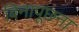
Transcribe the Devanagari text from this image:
बिनापूछना